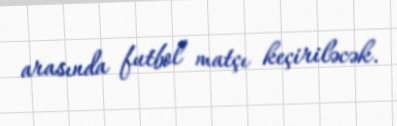
arasında futbol matçı keçiriləcək.